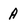
Character: A